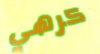
كرهي